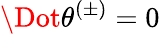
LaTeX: \Dot{\theta}^{(\pm)}=0